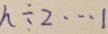
n \div 2 \cdots 1